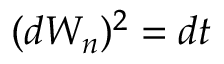
( d W _ { n } ) ^ { 2 } = d t